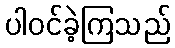
ပါဝင်ခဲ့ကြသည်